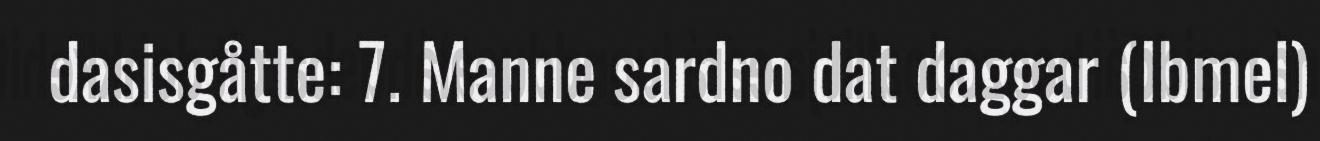
dasisgåtte: 7. Manne sardno dat daggar (Ibmel)